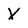
Character: X